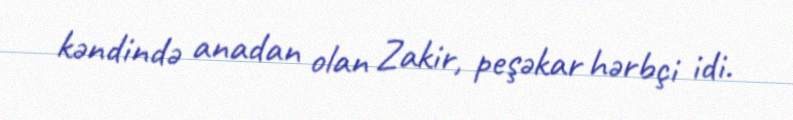
kəndində anadan olan Zakir, peşəkar hərbçi idi.